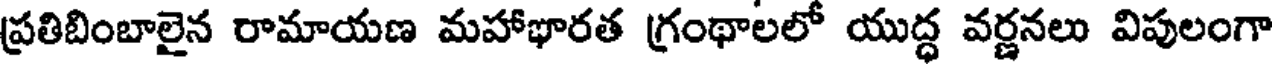
ప్రతిబింబాలైన రామాయణ మహాభారత గ్రంథాలలో యుద్ధ వర్ణనలు విపులంగా